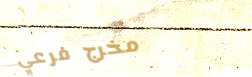
مخرج فرعي